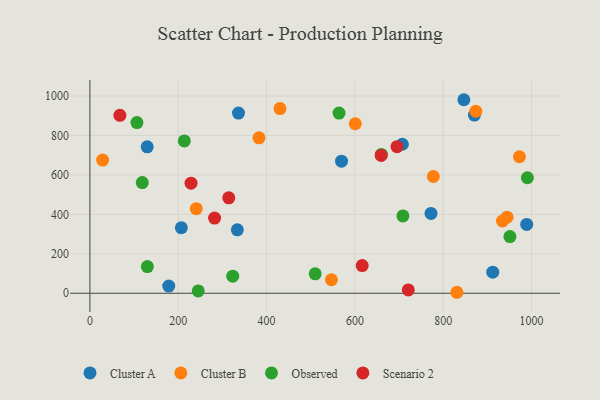
{"axis": {"x": "Price", "y": "Profit"}, "legend": ["Cluster A", "Cluster B", "Observed", "Scenario 2"], "data": [{"x": "772.3", "y": 404.8, "type": "Cluster A"}, {"x": "129.7", "y": 742.1, "type": "Cluster A"}, {"x": "333.8", "y": 321.7, "type": "Cluster A"}, {"x": "989.0", "y": 349.2, "type": "Cluster A"}, {"x": "336.4", "y": 913.4, "type": "Cluster A"}, {"x": "870.6", "y": 903.3, "type": "Cluster A"}, {"x": "207.0", "y": 332.1, "type": "Cluster A"}, {"x": "707.4", "y": 755.3, "type": "Cluster A"}, {"x": "912.1", "y": 107.0, "type": "Cluster A"}, {"x": "178.5", "y": 36.2, "type": "Cluster A"}, {"x": "846.7", "y": 981.1, "type": "Cluster A"}, {"x": "569.7", "y": 669.6, "type": "Cluster A"}, {"x": "382.9", "y": 788.2, "type": "Cluster B"}, {"x": "546.9", "y": 68.6, "type": "Cluster B"}, {"x": "430.4", "y": 936.4, "type": "Cluster B"}, {"x": "972.5", "y": 692.0, "type": "Cluster B"}, {"x": "944.4", "y": 385.6, "type": "Cluster B"}, {"x": "28.8", "y": 675.0, "type": "Cluster B"}, {"x": "873.8", "y": 922.6, "type": "Cluster B"}, {"x": "777.6", "y": 591.9, "type": "Cluster B"}, {"x": "600.8", "y": 859.4, "type": "Cluster B"}, {"x": "830.9", "y": 5.0, "type": "Cluster B"}, {"x": "934.1", "y": 366.3, "type": "Cluster B"}, {"x": "240.8", "y": 428.6, "type": "Cluster B"}, {"x": "660.0", "y": 703.6, "type": "Observed"}, {"x": "990.5", "y": 585.5, "type": "Observed"}, {"x": "106.5", "y": 865.3, "type": "Observed"}, {"x": "708.7", "y": 391.9, "type": "Observed"}, {"x": "510.1", "y": 98.5, "type": "Observed"}, {"x": "130.1", "y": 135.1, "type": "Observed"}, {"x": "323.4", "y": 86.4, "type": "Observed"}, {"x": "118.6", "y": 561.2, "type": "Observed"}, {"x": "564.1", "y": 913.3, "type": "Observed"}, {"x": "245.3", "y": 11.9, "type": "Observed"}, {"x": "951.0", "y": 287.3, "type": "Observed"}, {"x": "213.8", "y": 772.1, "type": "Observed"}, {"x": "720.9", "y": 16.7, "type": "Scenario 2"}, {"x": "67.9", "y": 902.1, "type": "Scenario 2"}, {"x": "616.5", "y": 140.6, "type": "Scenario 2"}, {"x": "282.3", "y": 381.0, "type": "Scenario 2"}, {"x": "695.3", "y": 743.2, "type": "Scenario 2"}, {"x": "314.4", "y": 483.6, "type": "Scenario 2"}, {"x": "229.0", "y": 558.2, "type": "Scenario 2"}, {"x": "659.5", "y": 698.8, "type": "Scenario 2"}]}